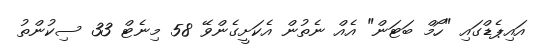
އައިޕެޑްގައި "ހޯމް ބަޓަން" އެއް ނެތުން އެކަށީގެންވޭ 58 މިނެޓް 33 ސިކުންތު